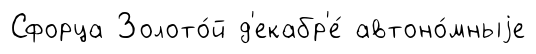
Сфорца Золото́й д'екабр'е́ автоно́мныjе